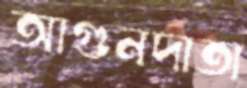
আগুনদাতা